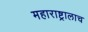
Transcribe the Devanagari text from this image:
महाराष्ट्रालाच